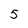
Character: 5